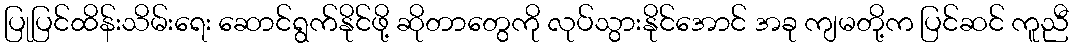
ပြုပြင်ထိန်းသိမ်းရေး ဆောင်ရွက်နိုင်ဖို့ ဆိုတာတွေကို လုပ်သွားနိုင်အောင် အခု ကျမတို့က ပြင်ဆင် ကူညီ